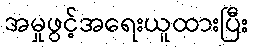
အမှုဖွင့်အရေးယူထားပြီး